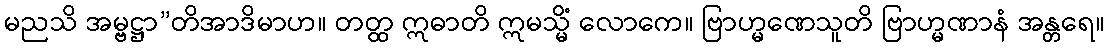
မညသိ အမ္ဗဋ္ဌာ”တိအာဒိမာဟ။ တတ္ထ ဣဓာတိ ဣမသ္မိံ လောကေ။ ဗြာဟ္မဏေသူတိ ဗြာဟ္မဏာနံ အန္တရေ။